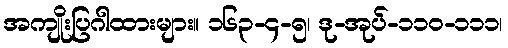
အကျိုးပြဂါထားများ။ ၁၆၃-၄-၅၊ ဒု-အုပ်-၁၁၀-၁၁၁၊